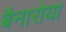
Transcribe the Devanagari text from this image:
बैनारोया